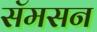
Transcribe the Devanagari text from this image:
सॅमसन